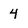
Character: 4